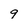
Character: 9